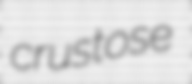
crustose